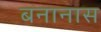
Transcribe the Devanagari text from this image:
बनानास